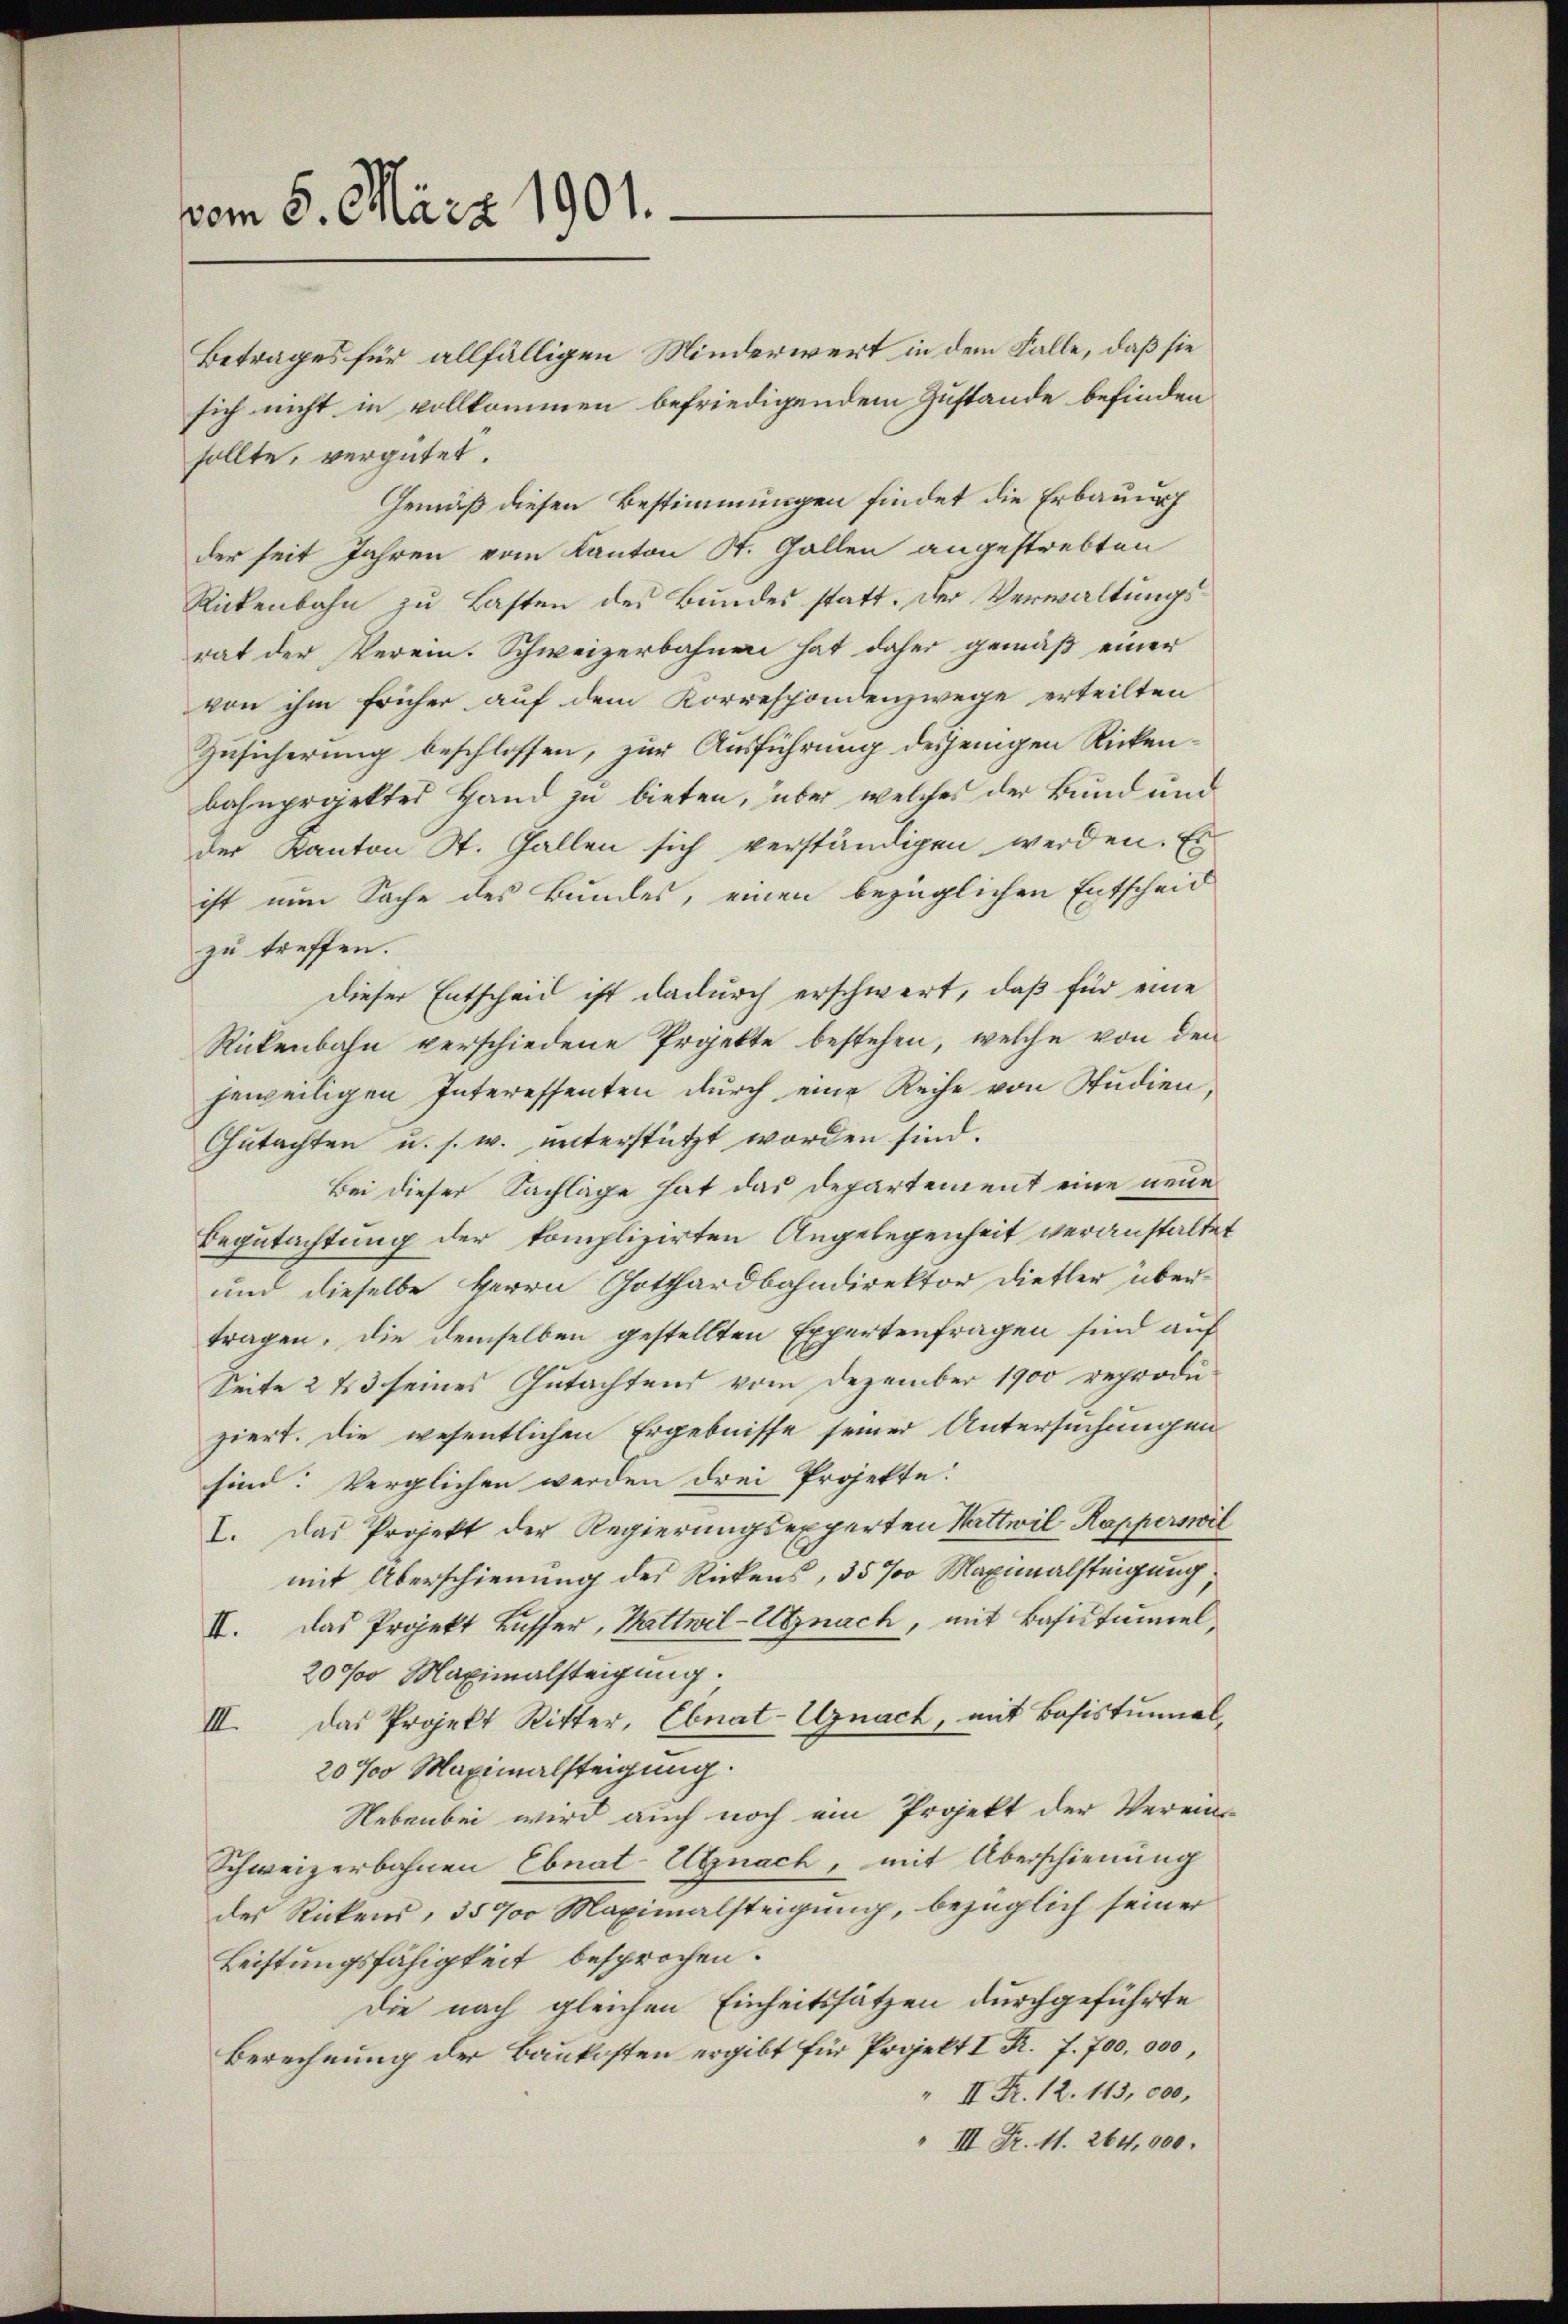
vom 8. März 1901.

Betrages für allfälligen Minderwert in dem Falle, daß sie
sich nicht in vollkommen befriedigendem Zustande befinden
sollte, vergütet.
Gemäß diesen Bestimmungen findet die Erbauung
der seit Jahren vom Kanton St. Gallen angestrebten
Rickenbahn zu Lasten des Bundes statt. Der Verwaltungsrat der Verein. Schweizerbahnen hat daher gemäß einer
von ihm früher auf dem Korrespondenzwege erteilten
Zusicherung beschlossen, zur Ausführung desjenigen Rickenbahnprojektes Hand zu bieten, über, welches der Bund und
der Kanton St. Gallen sich verständigen werden. Es
ist nun Sache des Bundes, einen bezüglichen Entscheid
zu treffen.
dieser Entscheid ist dadurch erschwert, daß für eine
Rickenbahn verschiedene Projekte bestehen, welche von den
jeweiligen Interessenten durch eine Reihe von Studien,
Gutachten u. s. w. unterstützt worden sind.
Bei dieser Sachläge hat das Departement eine neue
Begutachtung der komplizirten Angelegenheit veranstaltet
und dieselbe Herrn Gotthardbahndirektor Dietler übertragen, die demselben gestellten Expertenfragen sind auf
Seite 2 23 seines Gutachtens vom Dezember 1900 reproduziert. Die wesentlichen Ergebnisse seiner Untersuchungen
sind: Verglichen werden drei Projekte.
I. Das Projekt der Regierungsexperten Wattwil Kapperswil
mit Überschienung der Rückens, 35 % Maximalsteigung,
II. Das Projekt Busser, Wattwil-Utznach, mit Basistaniel,
200 Maximalsteigung.
das Projekt Ritter, Ebnat-Uznach, mit Basistunial¬
III.
20% Maximalsteigung.
Nebenbei wird auch noch ein Projekt der Verein-
Schweizerbahnen Ebnat Utznach, mit Überschienung
des Rickens, 35700 Maximalsteigung, bezüglich seiner
Leistungsfähigkeit besprochen.
die nach gleichen Einheitssätzen durchgeführte
Berechnung der Baukosten ergibt für Projekt I R. f. 700,000,
" II. Fr. 12. 113, 000,
" III Fr. 11. 264,000.